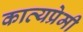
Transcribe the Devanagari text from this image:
काव्यप्रेमी